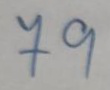
79